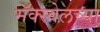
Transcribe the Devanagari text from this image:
मॅक्स्वेलच्या